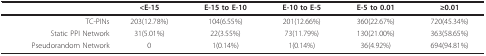
|  | <E-15 | E-15 to E-10 | E-10 to E-5 | E-5 to 0.01 | ≥0.01 |
 | --- | --- | --- | --- | --- | --- |
 | TC-PINs | 203(12.78%) | 104(6.55%) | 201(12.66%) | 360(22.67%) | 720(45.34%) |
 | Static PPI Network | 31(5.01%) | 22(3.55%) | 73(11.79%) | 130(21.00%) | 363(58.65%) |
 | Pseudorandom Network | 0 | 1(0.14%) | 1(0.14%) | 36(4.92%) | 694(94.81%) |